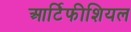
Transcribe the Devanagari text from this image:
आर्टिफीशियल